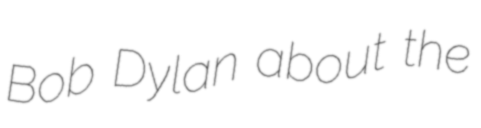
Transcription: Bob Dylan about the